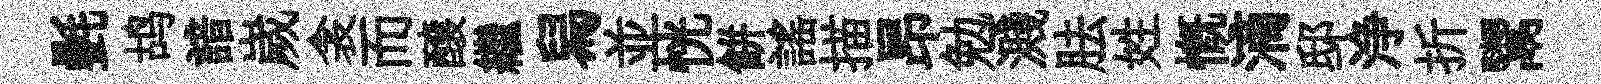
㲲鸪諳嵗衾而醸繼舄並恍餅謡描昂勉濺胠姓慨滴邸浄折鬻